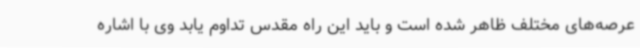
عرصه‌های مختلف ظاهر شده است و باید این راه مقدس تداوم یابد وی با اشاره